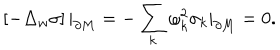
LaTeX: \left[ - \Delta _ { w } \sigma \right] | _ { \partial M } = - \sum _ { k } \omega _ { k } ^ { 2 } \sigma _ { k } | _ { \partial M } = 0 .